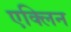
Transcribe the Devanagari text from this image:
एक्लिन